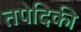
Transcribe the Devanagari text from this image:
तपेदिकी